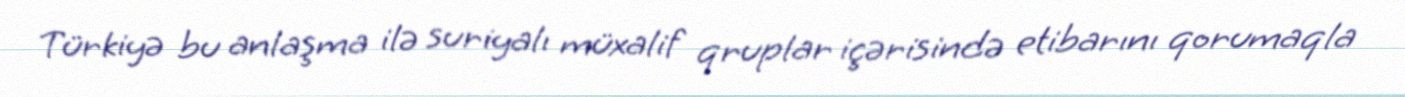
Türkiyə bu anlaşma ilə suriyalı müxalif qruplar içərisində etibarını qorumaqla